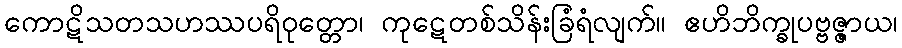
ကောဋိသတသဟဿပရိဝုတ္တော၊ ကုဋေတစ်သိန်းခြံရံလျက်။ ဧဟိဘိက္ခုပဗ္ဗဇ္ဇာယ၊